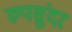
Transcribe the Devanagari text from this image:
रुपसुंदर